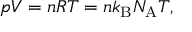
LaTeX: p V = n R T = n k _ { \mathrm { B } } N _ { \mathrm { A } } T ,